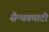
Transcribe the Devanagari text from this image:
सैन्धवघाटी